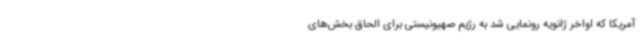
آمریکا که اواخر ژانویه رونمایی شد به رژیم صهیونیستی برای الحاق بخش‌های